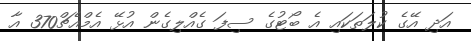
އަދި އޭގެ ކުލަތަކައި އެ ބޯޓުގެ ސިފަ ގެއްލިގެން އުޅޭ އެމްއެޗް370 އާ